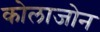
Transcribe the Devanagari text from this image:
कोलाजोन